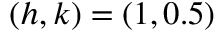
( h , k ) = ( 1 , 0 . 5 )